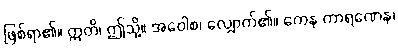
ဖြစ်ရာ၏။ ဣတိ၊ ဤသို့။ အဝေါစ၊ လျှောက်၏။ ကေန ကာရဏေန၊